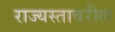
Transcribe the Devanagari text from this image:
राज्यस्तावरील